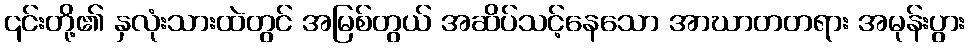
၎င်းတို့၏ နှလုံးသားထဲတွင် အမြစ်တွယ် အဆိပ်သင့်နေသော အာဃာတတရား အမုန်းပွား